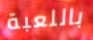
باللعبة